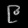
Digit: ၉